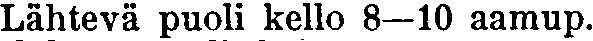
Lähtevä puoli kello 8–10 aamup.